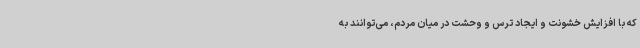
که با افزایش خشونت و ایجاد ترس و وحشت در میان مردم، می‌توانند به